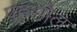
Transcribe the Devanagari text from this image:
पहसौल